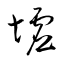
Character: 墟